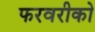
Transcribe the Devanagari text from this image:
फरवरीको